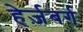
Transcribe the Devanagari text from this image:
हेर्ज़बर्ग